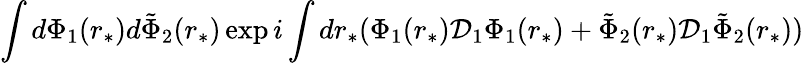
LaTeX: \int d\Phi_{1}(r_{*})d\tilde{\Phi}_{2}(r_{*})\exp{i\int dr_{*}(\Phi_{1}(r_{*}){\cal D}_{1}\Phi_{1}(r_{*})+\tilde{\Phi}_{2}(r_{*}){\cal D}_{1}\tilde{\Phi}_{2}(r_{*}))}